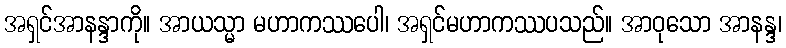
အရှင်အာနန္ဒာကို။ အာယသ္မာ မဟာကဿပေါ၊ အရှင်မဟာကဿပသည်။ အာဝုသော အာနန္ဒ၊